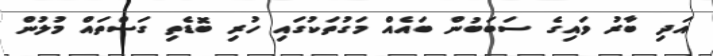
އަދި ބާރު ވައިގެ ސަބަބުން ބައެއް މަގުތަކުގައި ހުރި ބޮޑެތި ގަސްތައް މުލުން